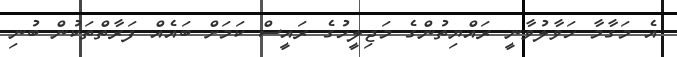
އެ މަގާމާ ހަވާލުވާނީ ރައްޔިތުންގެ މަޖިލީހުގެ ރައީސް ކަމަށް ބައެއް ފަރާތްތަކުން ބުނި